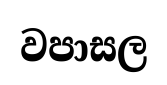
වපාසල